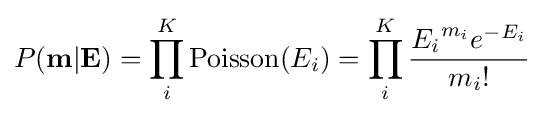
P(\mathbf {m} \vert \mathbf {E} )=\prod _{i}^{K}\mathrm {Poisson} (E_{i})=\prod _{i}^{K}{\frac {{E_{i}}^{m_{i}}e^{-E_{i}}}{m_{i}!}}